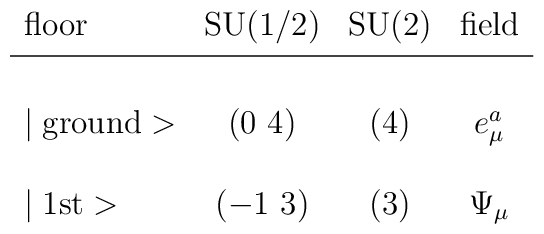
\begin{array}{lccc}\mbox{floor}     & \mbox{SU(1/2)} & \mbox{SU(2)} & \mbox{field} \\\noalign{\vskip3pt}\noalign{\hrule}\noalign{\vskip3pt}\\\mid \mbox{ground}> & (0~4)  & (4) & e_{\mu}^a \\\\\mid \mbox{1st}>    & (-1~3)  & (3) & \Psi_{\mu}  \\\\\end{array}